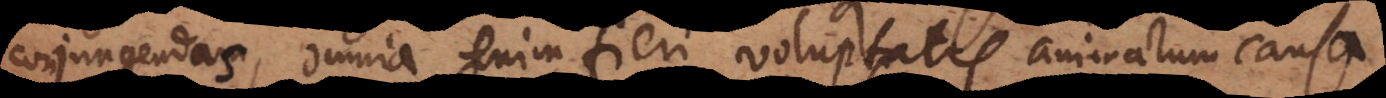
conjungendas, omnia enim fieri voluptatis animarum causa